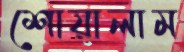
শোয়ালাম